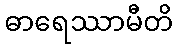
ဓာရေဿာမီတိ